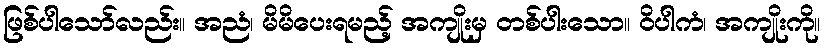
ဖြစ်ပါသော်လည်း။ အညံ၊ မိမိပေးရမည့် အကျိုးမှ တစ်ပါးသော။ ဝိပါကံ၊ အကျိုးကို။